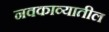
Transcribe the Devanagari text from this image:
नवकाव्यातील